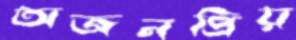
অজনপ্রিয়